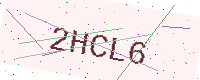
Text: 2HCL6